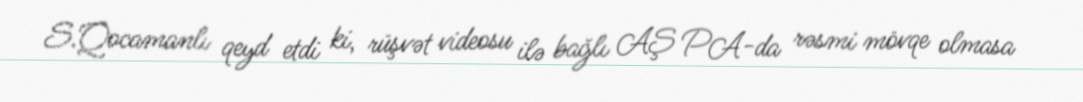
S.Qocamanlı qeyd etdi ki, rüşvət videosu ilə bağlı AŞ PA-da rəsmi mövqe olmasa